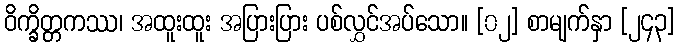
ဝိက္ခိတ္တကဿ၊ အထူးထူး အပြားပြား ပစ်လွှင်အပ်သော။ [၀၂] စာမျက်နှာ [၂၄၃]